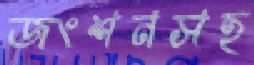
জংশনসহ